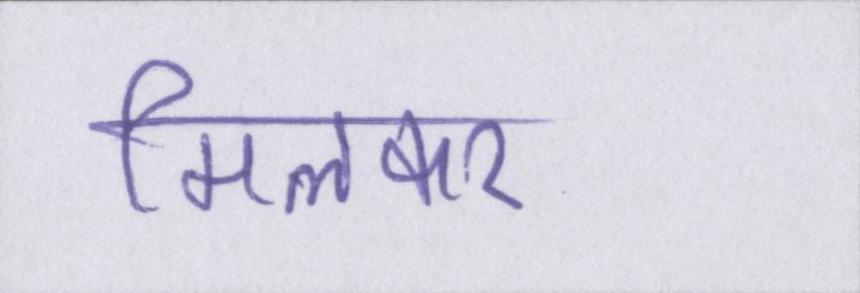
मिलकर